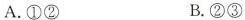
A.①② B.②③